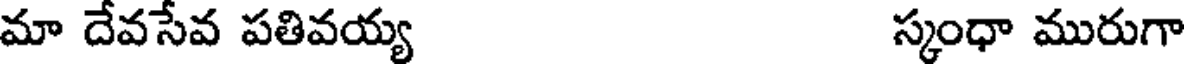
మా దేవసేవ పతివయ్య స్కంధా మురుగా